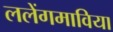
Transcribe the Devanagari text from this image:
ललेंगमाविया